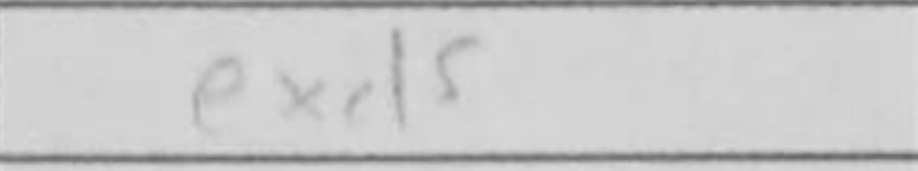
Transcription: exd5